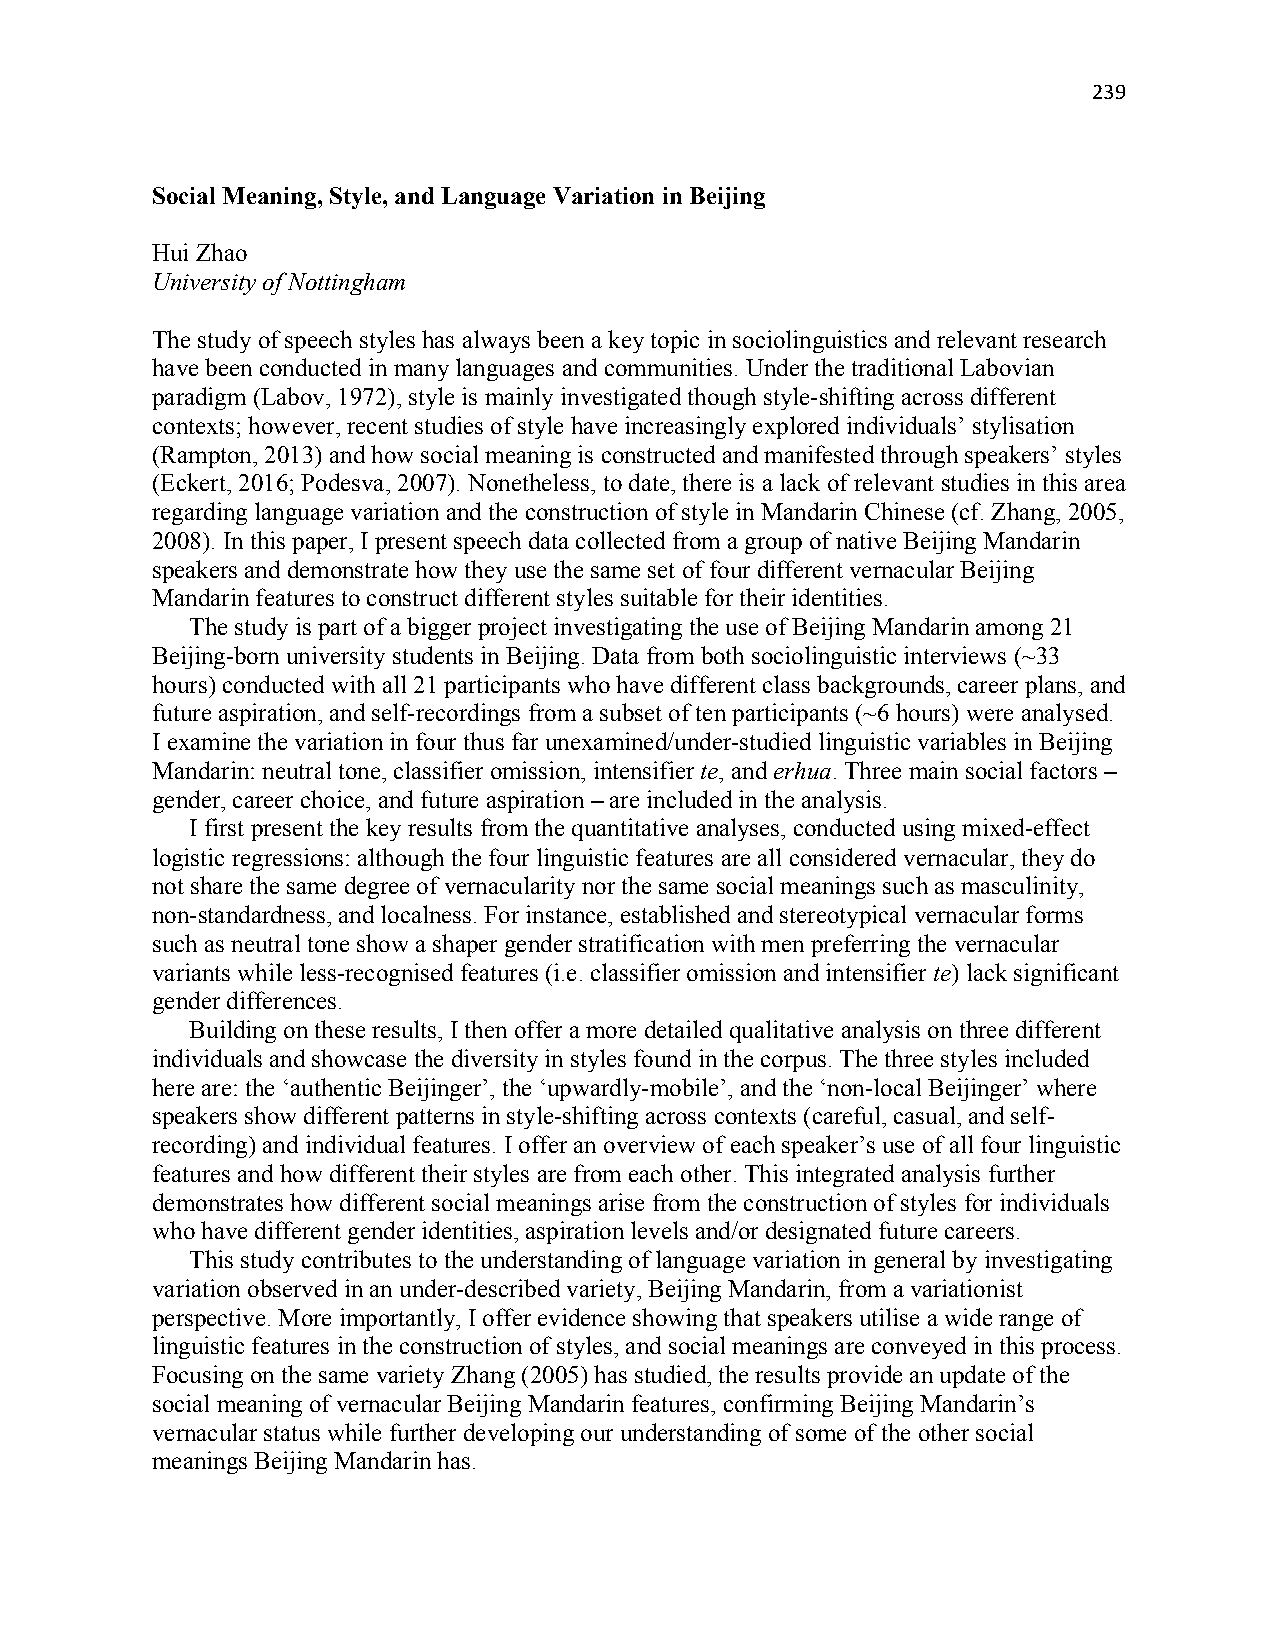
239
 Social Meaning, Style, and Language Variation in Beijing
 Hui Zhao
 University of Nottingham
 The study of speech styles has always been a key topic in sociolinguistics and relevant research
 have been conducted in many languages and communities. Under the traditional Labovian
 paradigm (Labov, 1972), style is mainly investigated though style-shifting across different
 contexts; however, recent studies of style have increasingly explored individuals’ stylisation
 (Rampton, 2013) and how social meaning is constructed and manifested through speakers’ styles
 (Eckert, 2016; Podesva, 2007). Nonetheless, to date, there is a lack of relevant studies in this area
 regarding language variation and the construction of style in Mandarin Chinese (cf. Zhang, 2005,
 2008). In this paper, I present speech data collected from a group of native Beijing Mandarin
 speakers and demonstrate how they use the same set of four different vernacular Beijing
 Mandarin features to construct different styles suitable for their identities.
 The study is part of a bigger project investigating the use of Beijing Mandarin among 21
 Beijing-born university students in Beijing. Data from both sociolinguistic interviews (~33
 hours) conducted with all 21 participants who have different class backgrounds, career plans, and
 future aspiration, and self-recordings from a subset of ten participants (~6 hours) were analysed.
 I examine the variation in four thus far unexamined/under-studied linguistic variables in Beijing
 Mandarin: neutral tone, classifier omission, intensifier te, and erhua. Three main social factors –
 gender, career choice, and future aspiration – are included in the analysis.
 I first present the key results from the quantitative analyses, conducted using mixed-effect
 logistic regressions: although the four linguistic features are all considered vernacular, they do
 not share the same degree of vernacularity nor the same social meanings such as masculinity,
 non-standardness, and localness. For instance, established and stereotypical vernacular forms
 such as neutral tone show a shaper gender stratification with men preferring the vernacular
 variants while less-recognised features (i.e. classifier omission and intensifier te) lack significant
 gender differences.
 Building on these results, I then offer a more detailed qualitative analysis on three different
 individuals and showcase the diversity in styles found in the corpus. The three styles included
 here are: the ‘authentic Beijinger’, the ‘upwardly-mobile’, and the ‘non-local Beijinger’ where
 speakers show different patterns in style-shifting across contexts (careful, casual, and self-
 recording) and individual features. I offer an overview of each speaker’s use of all four linguistic
 features and how different their styles are from each other. This integrated analysis further
 demonstrates how different social meanings arise from the construction of styles for individuals
 who have different gender identities, aspiration levels and/or designated future careers.
 This study contributes to the understanding of language variation in general by investigating
 variation observed in an under-described variety, Beijing Mandarin, from a variationist
 perspective. More importantly, I offer evidence showing that speakers utilise a wide range of
 linguistic features in the construction of styles, and social meanings are conveyed in this process.
 Focusing on the same variety Zhang (2005) has studied, the results provide an update of the
 social meaning of vernacular Beijing Mandarin features, confirming Beijing Mandarin’s
 vernacular status while further developing our understanding of some of the other social
 meanings Beijing Mandarin has.